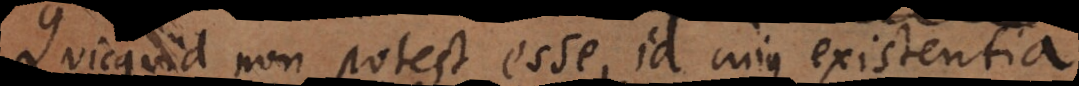
Quicquid non potest esse id cujus existentia